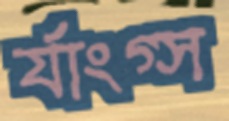
র‍্যাংগ্স